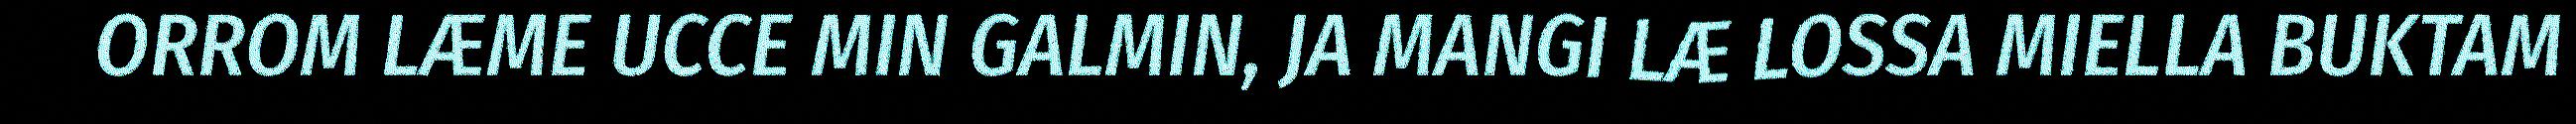
ORROM LÆME UCCE MIN GALMIN, JA MANGI LÆ LOSSA MIELLA BUKTAM